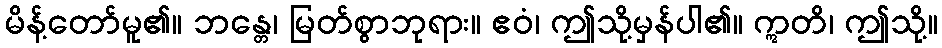
မိန့်တော်မူ၏။ ဘန္တေ၊ မြတ်စွာဘုရား။ ဧဝံ၊ ဤသို့မှန်ပါ၏။ ဣတိ၊ ဤသို့။